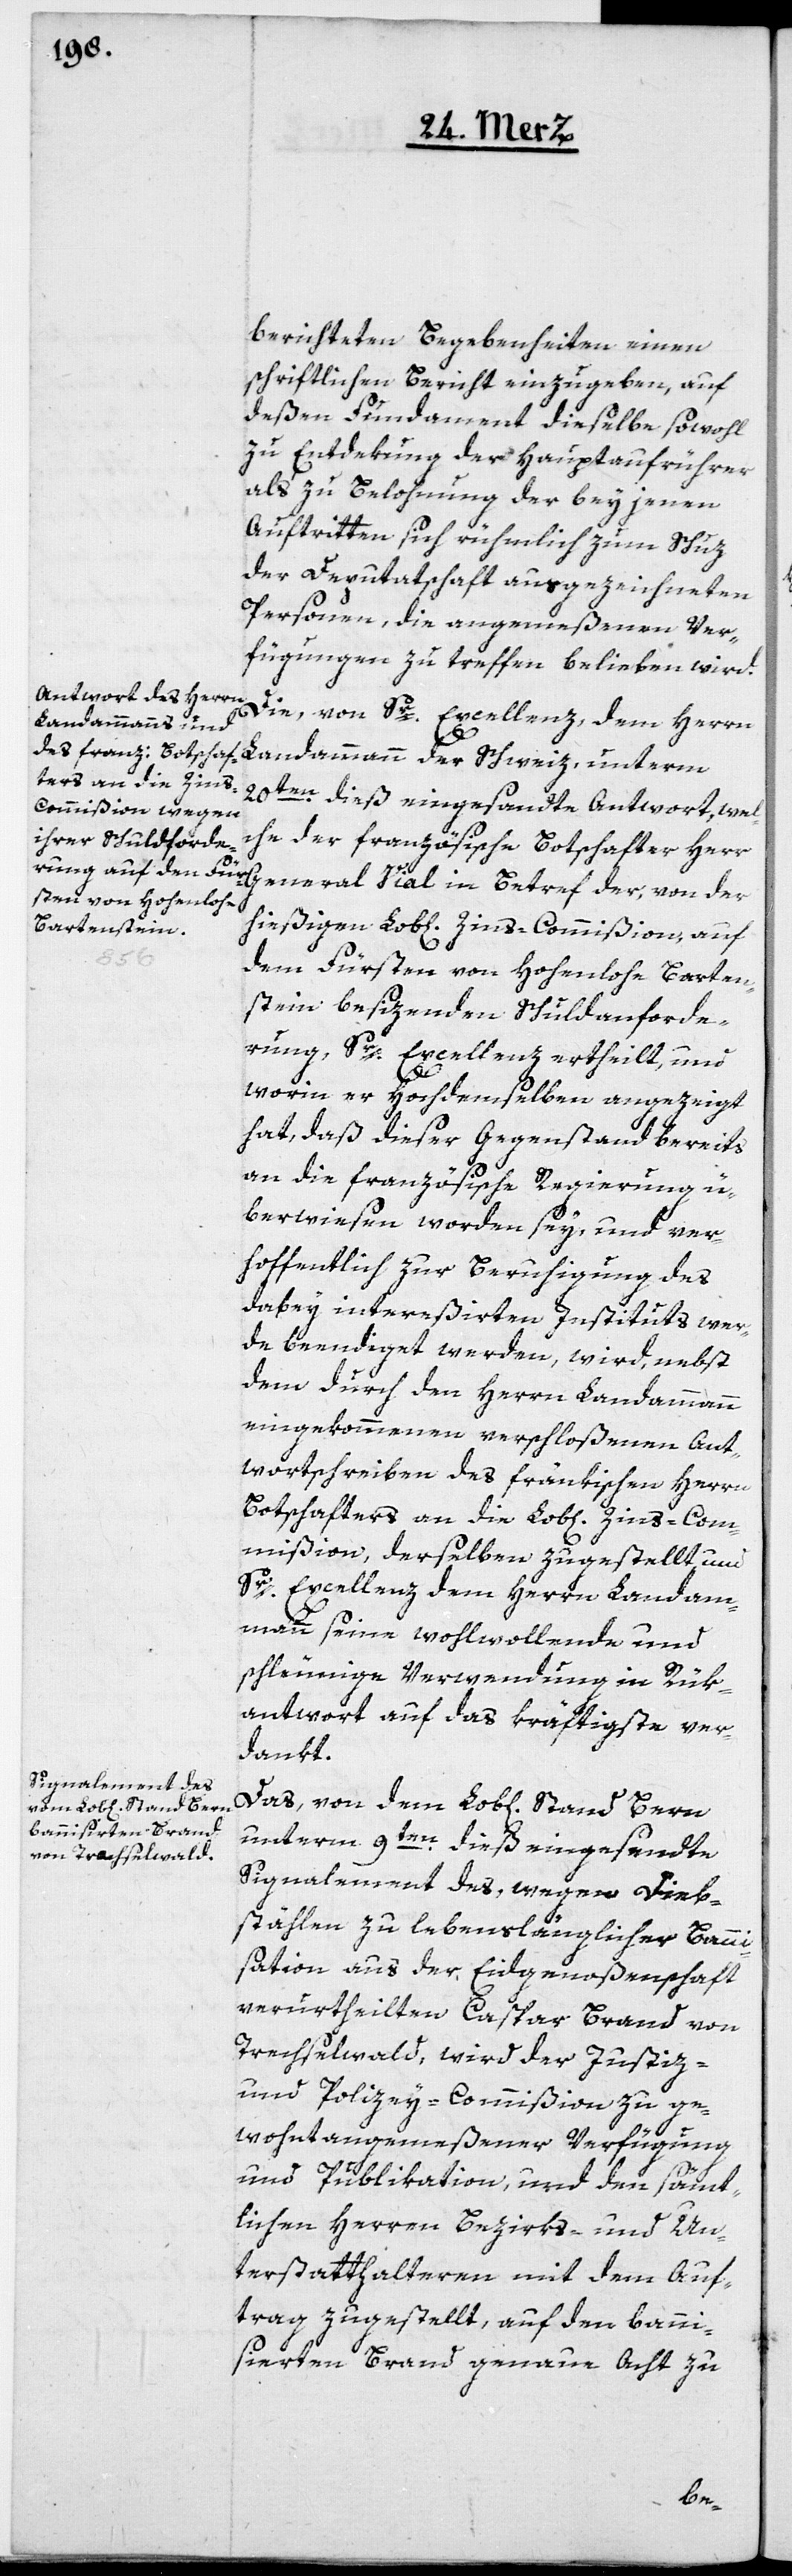
berichteten Begebenheiten einen
schriftlichen Bericht einzugeben, auf
deßen Fundament dieselbe sowohl
zu Entdekung der Hauptaufrührer
als zu Belohnung der bey jenen
Auftritten sich rühmlich zum Schuz
der Deputatschaft ausgezeichneten
Personen, die angemeßenen Ver¬
fügungen zu treffen belieben wird.
Die, von Sr. Excellenz, dem Herrn
Landammann der
20ten dieß eingesandte Antwort, wel¬
che der französische Botschafter Herr
General Vial in Betref der, von der
hießigen Lob[liche] Zins-Commißion, auf
dem Fürsten von Hohenlohe Barten¬
stein besizenden Schuldanforde¬
rung, Sr. Excellenz ertheilt, und
worin er Hochdemselben angezeigt
hat, daß dieser Gegenstand bereits
an die französische Regierung ü¬
berwiesen worden sey, und ver¬
hoffentlich zur Beruhigung des
dabey intereßierten Instituts wer¬
de beendiget werden, wird, nebst
dem durch den Herrn Landammann
eingekommenen verschloßenen Ant¬
wortschreiben des fränkischen Herrn
Botschafters an die Lob[liche] Zins-Com¬
mißion, derselben zugestellt und
Sr. Excellenz dem Herrn Landam¬
mann seine wohlwollende und
schleunige Verwendung in Rük¬
antwort auf das kräftigste ver¬
dankt.
unterm 9ten dieß eingesandte
Signalement des, wegen Dieb¬
stählen zu lebenslänglicher Banni¬
sation aus der Eidgenoßenschaft
verurtheilten Caspar Brand von
Trachselwald, wird der Justiz-
und Polizey-Commißion zu ge¬
wohnt angemeßener Verfügung
und Publikation, und den sämt¬
lichen Herren Bezirks- und Un¬
terstatthalteren mit dem Auf¬
trag zugestellt, auf den banni¬
sierten Brand genaue Acht zu